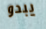
يبدو